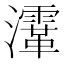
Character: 𤃸